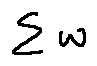
\sum w